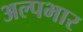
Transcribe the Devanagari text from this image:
अल्पभार